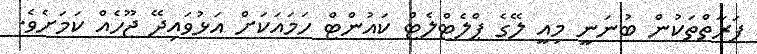
ފަރާތްތަކުން ބުނަނީ މިއީ ލޭގެ ޕްލެޓްލެޓް ކައުންޓް ހަމައަކަށް އަޅުވައިދޭ ޖޫހެއް ކަމަށެވެ.